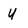
Character: U